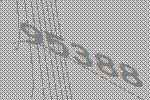
95388